Annual report of the Punjab Veterinary College and of the Civil Veterinary Department, Punjab - 1909-1919
Year: 1909
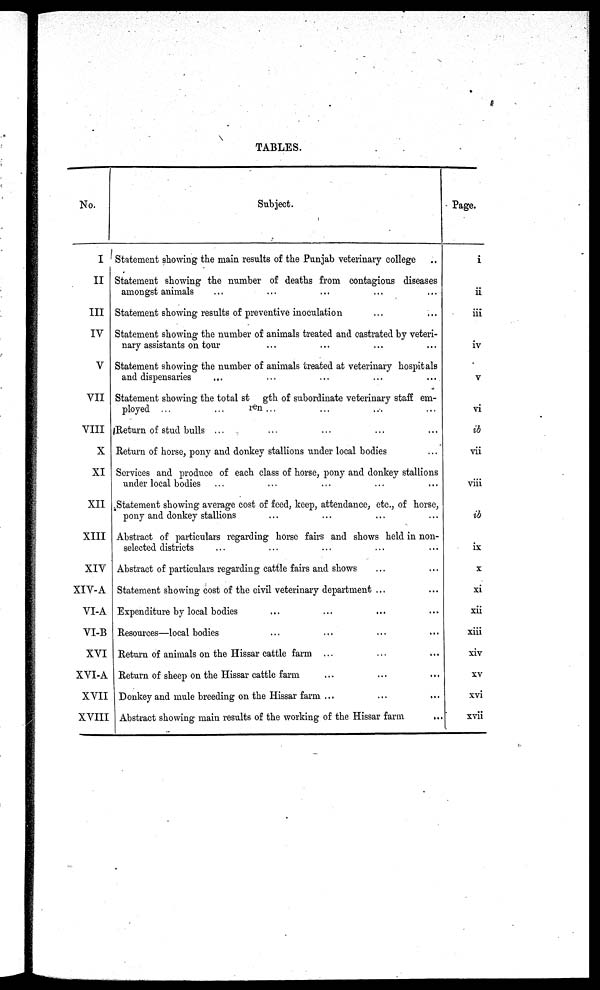
TABLES.
No.
I
II
III
IV
V
VII
VIII
X
XI
XII
XIII
XIV
XIV-A
VI-A
VI-B
XVI
XVI-A
XVII
XVIII
Subject.
Statement showing the main results of the Punjab veterinary college ...
Statement showing the number of deaths from contagious diseases
amongst animals ... ... ... ... ...
Statement showing results of preventive inoculation ... ...
Statement showing the number of animals treated and castrated by veteri-
nary assistants on tour ... ... ... ...
Statement showing the number of animals treated at veterinary hospitals
and dispensaries
...
...
...
...
...
Statement showing the total st gth of subordinate veterinary staff em-
ployed ...
... ren ... ... ... ...
Return of stud bulls ... ... ... ...
Return of horse, pony and donkey stallions under local bodies ...
Services and produce of each class of horse, pony and donkey stallions
under local bodies ... ... ... ... ...
Statement showing average cost of feed, keep, attendance, etc., of horse,
pony and donkey stallions ... ... ... ...
Abstract of particulars regarding horse fairs and shows held in non-
selected districts ... ... ... ...
Abstract of particulars regarding cattle fairs and shows ... ...
Statement showing cost of the civil veterinary department ... ...
Expenditure by local bodies ... ... ... ...
Resources—local bodies ... ... ... ...
Return of animals on the Hissar cattle farm ... ...
Return of sheep on the Hissar cattle farm ... ...
Donkey and mule breeding on the Hissar farm ... ...
Abstract showing main results of the working of the Hissar farm
...
Page.
i
ii
iii
iv
v
vi
ib
vii
viii
ib
ix
x
xi
xii
xiii
xiv
xv
xvi
xvii